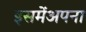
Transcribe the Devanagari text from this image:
इसमेंअपना